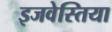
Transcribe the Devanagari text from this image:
इजवेस्तिया